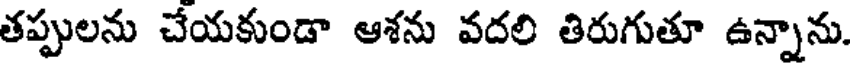
తప్పులను చేయకుండా ఆశను వదలి తిరుగుతూ ఉన్నాను.